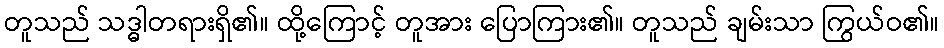
တူသည် သဒ္ဓါတရားရှိ၏။ ထို့ကြောင့် တူအား ပြောကြား၏။ တူသည် ချမ်းသာ ကြွယ်ဝ၏။